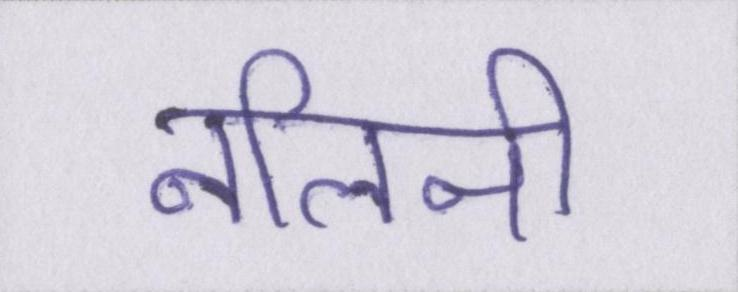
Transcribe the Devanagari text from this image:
नलिनी